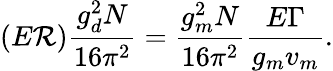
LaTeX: (E\mathcal{R})\frac{{g_{d}^{2}N}}{{16\pi^{2}}}=\frac{{g_{m}^{2}N}}{{16\pi^{2}}}\frac{{E\Gamma}}{{g_{m}v_{m}}}.